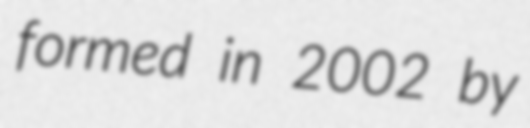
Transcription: formed in 2002 by